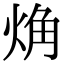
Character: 𧣌